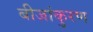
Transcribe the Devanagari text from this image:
बीजांकुरण